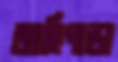
জাহিপাড়া